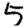
Digit: 5